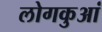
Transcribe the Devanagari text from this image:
लोगकुआं